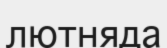
лютняда